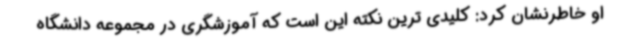
او خاطرنشان کرد: کلیدی ترین نکته این است که آموزشگری در مجموعه دانشگاه